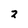
Character: z